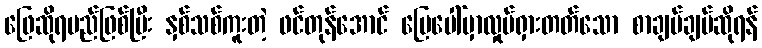
ဖြေဆိုရမည်ဖြစ်ပြီး နှစ်သစ်ကူးတဲ့ ဖင်တုန်အောင် မြေပေါ်မှာလှုပ်ရှားတတ်သော စာချပ်ချပ်ဆိုရန်